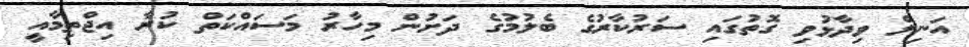
އަނިލް ވިދާޅުވި ގޮތުގައި ސަރުކާރުގެ ބެލުމުގެ ދަށުން މިހާރު މަސައްކަތް ކުރާ އިޖްތިމާއީ